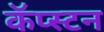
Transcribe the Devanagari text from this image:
कॅप्स्टन